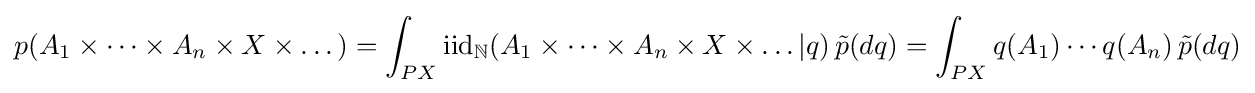
p(A_{1}\times \dots \times A_{n}\times X\times \dots )=\int _{PX}\mathrm {iid} _{\mathbb {N} }(A_{1}\times \dots \times A_{n}\times X\times \dots |q)\,{\tilde {p}}(dq)=\int _{PX}q(A_{1})\cdots q(A_{n})\,{\tilde {p}}(dq)